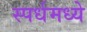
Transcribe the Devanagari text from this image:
स्पर्धमध्ये